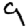
Digit: 9